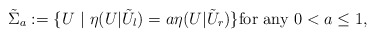
\begin{align*}\tilde{\Sigma}_a:=\{U~|~\eta(U|\tilde{U}_l)=a\eta(U|\tilde{U}_r) \}\mbox{for any}~0<a\le 1,\end{align*}